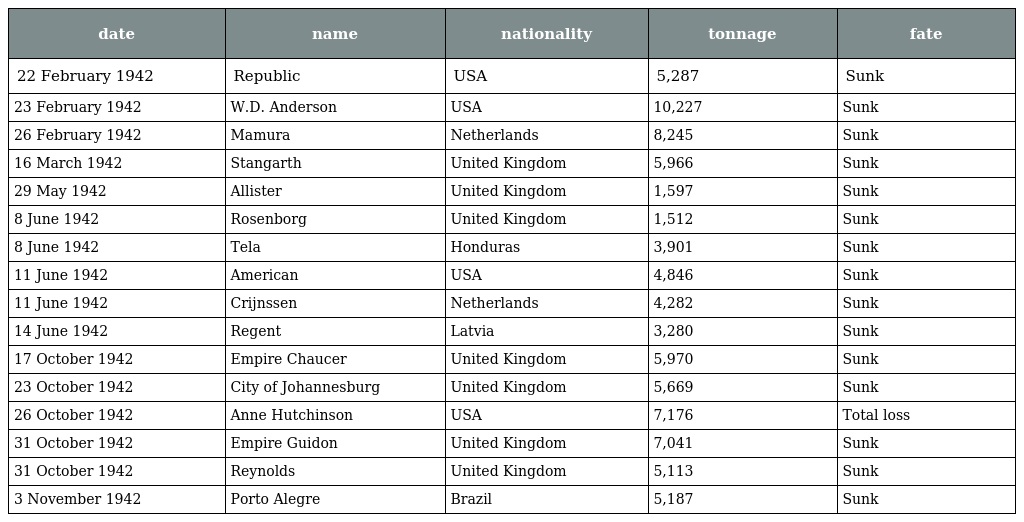
| date | name | nationality | tonnage | fate |
 | --- | --- | --- | --- | --- |
 | 22 February 1942 | Republic | USA | 5,287 | Sunk |
 | 23 February 1942 | W.D. Anderson | USA | 10,227 | Sunk |
 | 26 February 1942 | Mamura | Netherlands | 8,245 | Sunk |
 | 16 March 1942 | Stangarth | United Kingdom | 5,966 | Sunk |
 | 29 May 1942 | Allister | United Kingdom | 1,597 | Sunk |
 | 8 June 1942 | Rosenborg | United Kingdom | 1,512 | Sunk |
 | 8 June 1942 | Tela | Honduras | 3,901 | Sunk |
 | 11 June 1942 | American | USA | 4,846 | Sunk |
 | 11 June 1942 | Crijnssen | Netherlands | 4,282 | Sunk |
 | 14 June 1942 | Regent | Latvia | 3,280 | Sunk |
 | 17 October 1942 | Empire Chaucer | United Kingdom | 5,970 | Sunk |
 | 23 October 1942 | City of Johannesburg | United Kingdom | 5,669 | Sunk |
 | 26 October 1942 | Anne Hutchinson | USA | 7,176 | Total loss |
 | 31 October 1942 | Empire Guidon | United Kingdom | 7,041 | Sunk |
 | 31 October 1942 | Reynolds | United Kingdom | 5,113 | Sunk |
 | 3 November 1942 | Porto Alegre | Brazil | 5,187 | Sunk |